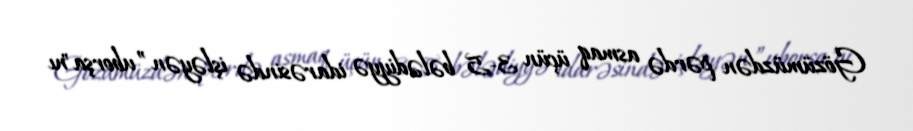
Gözümüzdən pərdə asmaq üçün 3-5 bələdiyyə idarəsində işləyən ”uborşa"nı